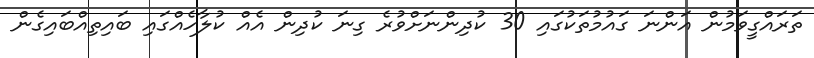
ތަރައްގީވަމުން އަންނަ ގައުމުތަކުގައި 30 ކުދިންނަށްވުރެ ގިނަ ކުދިން އެއް ކުލާހެއްގައި ބައިތިއްބައިގެން